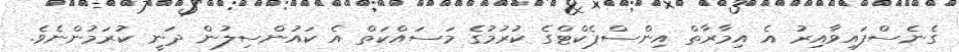
ގެނެސްފައިވާއިރު އެ އިމާރާތް އިންސްޕެކްޓްގެ ކުރުމުގެ މަސައްކަތް އެ ކައުންސިލުން ދަނީ ކުރަމުންނެވެ.